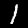
Digit: 1